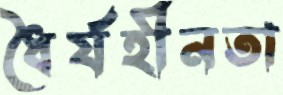
ধৈর্যহীনতা